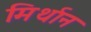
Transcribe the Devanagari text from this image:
मिर्थान